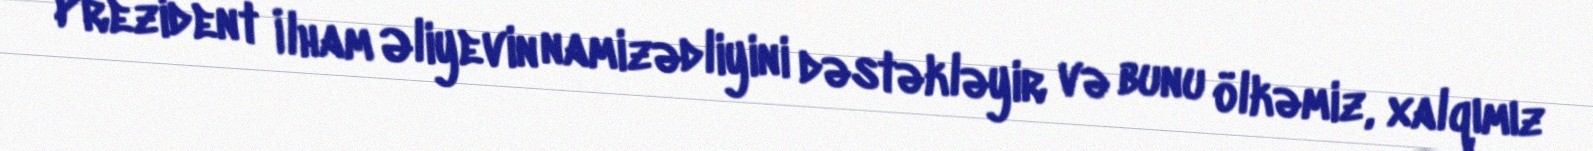
Prezident İlham Əliyevin namizədliyini dəstəkləyir və bunu ölkəmiz, xalqımız